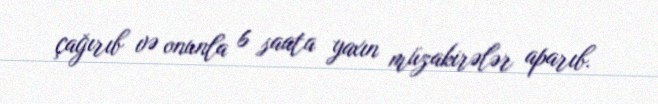
çağırıb və onunla 6 saata yaxın müzakirələr aparıb.